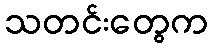
သတင်းတွေက